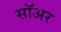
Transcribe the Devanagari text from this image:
सॉअर